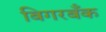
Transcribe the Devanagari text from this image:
बिगरबँक